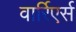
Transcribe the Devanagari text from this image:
वार्रिएर्स